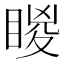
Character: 䁓